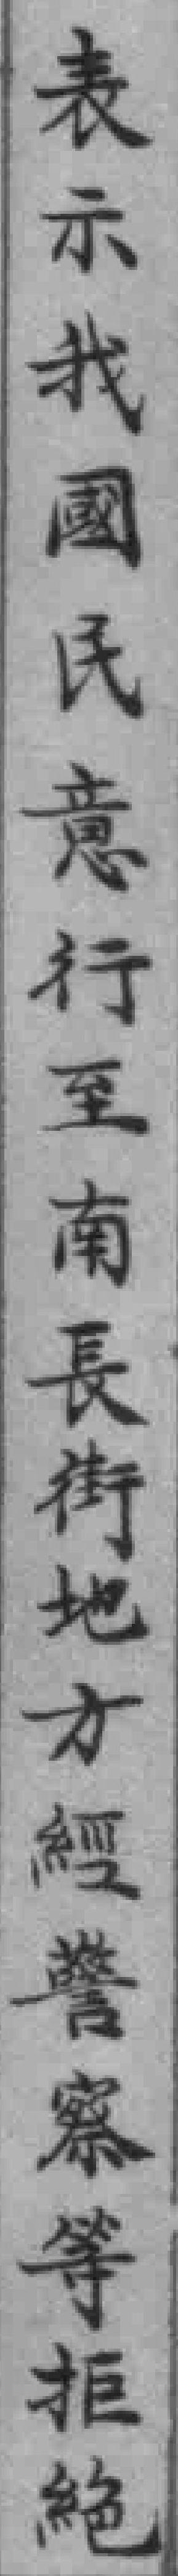
表示我國氏意行至南長街地方經警察等拒绝